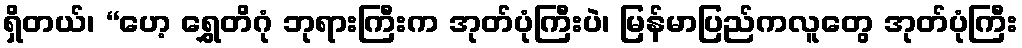
ရှိတယ်၊ “ဟေ့ ရွှေတိဂုံ ဘုရားကြီးက အုတ်ပုံကြီးပဲ၊ မြန်မာပြည်ကလူတွေ အုတ်ပုံကြီး